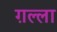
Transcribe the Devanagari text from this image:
ग़ल्ला